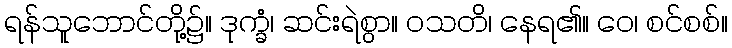
ရန်သူဘောင်တို့၌။ ဒုက္ခံ၊ ဆင်းရဲစွာ။ ဝသတိ၊ နေရ၏။ ဝေ၊ စင်စစ်။